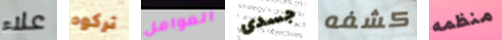
علاء تركوه العوامل جسدى كشفه منظمه